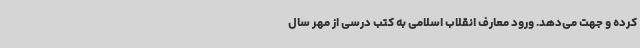
کرده و جهت می‌دهد. ورود معارف انقلاب اسلامی به کتب درسی از مهر سال